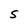
Character: S